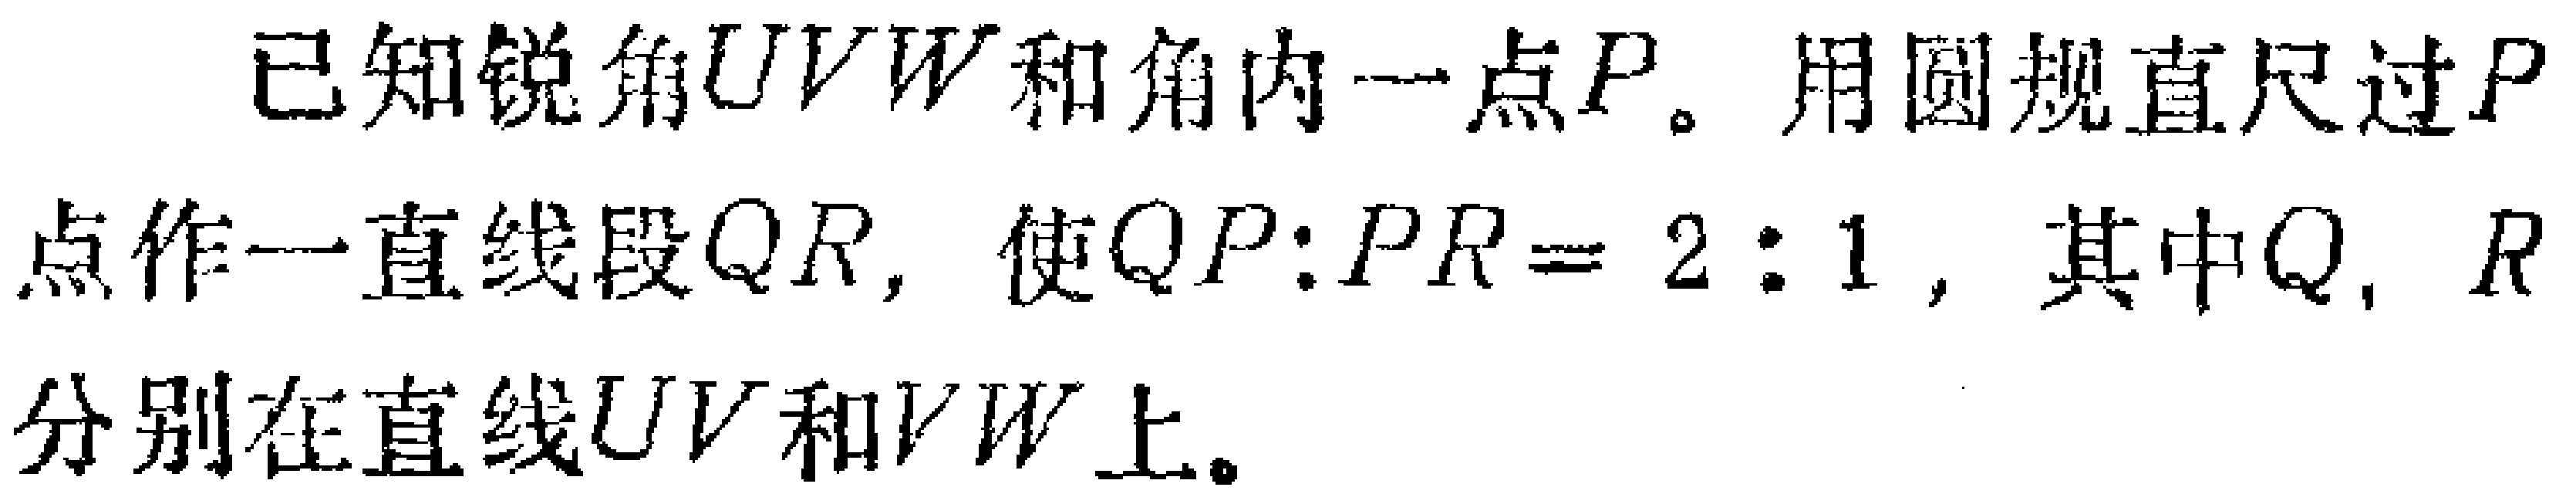
已知锐角\(\angle UVW\)和角内一点\(P\)。用圆规直尺过\(P\)点作一直线段\(QR\)，使\(QP:PR = 2:1\)，其中\(Q\)，\(R\)分别在直线\(UV\)和\(VW\)上。